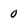
Character: 0